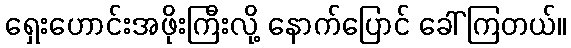
ရှေးဟောင်းအဖိုးကြီးလို့ နောက်ပြောင် ခေါ်ကြတယ်။